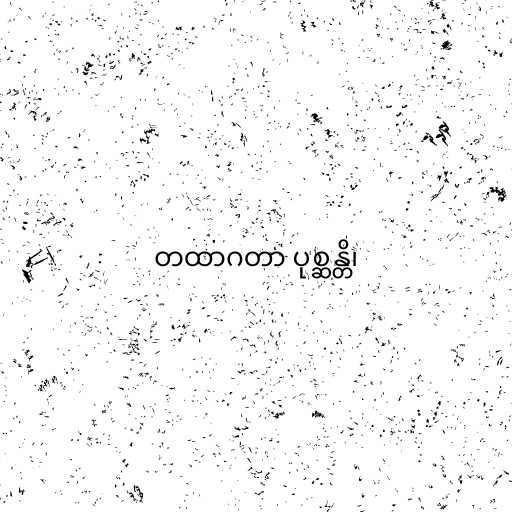
တထာဂတာ ပုစ္ဆန္တိ၊